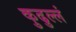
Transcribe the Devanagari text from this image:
कुढुल्लं